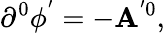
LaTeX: \partial^{0}\phi^{^{\prime}}=-\mathbf{A}^{^{\prime}0},